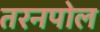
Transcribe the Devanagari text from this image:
तरनपोल